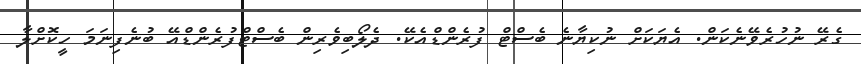
ގެރޭ ނުހުރެވޭނެކަން. އެޔަކަށް ނުކިޔާނެ ބެސްޓް ފުރެންޑްއެކޭ. ދެލޯބިވެރިން ބެސްޓްފުރެންޑްއޭ ބުނެފިނަމަ ހީކޮށްލާ